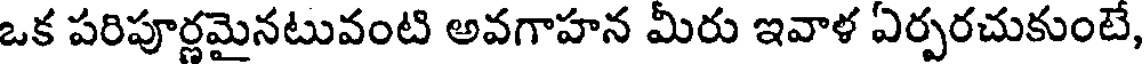
ఒక పరిపూర్ణమైనటువంటి అవగాహన మీరు ఇవాళ ఏర్పరచుకుంటే,